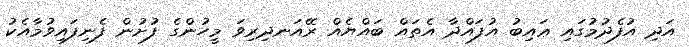
އަދި އުފެދުމުގައި ޢައިބު އުފައްދާ އެތައް ބައްޔެއް ރޭއަނދިރިވަ މީހުންގެ ފުށުން ފެނިފައިވުމާއެކު